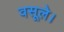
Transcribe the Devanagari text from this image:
वसूले।